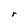
Character: r